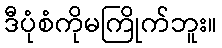
ဒီပုံစံကိုမကြိုက်ဘူး။